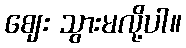
ဈေး သွားမလို့ပါ။